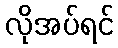
လိုအပ်ရင်